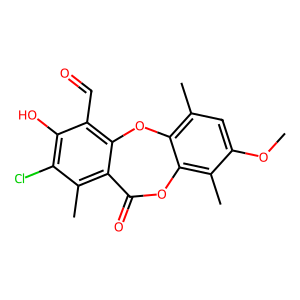
SMILES: COc1cc(C)c2c(c1C)OC(=O)c1c(C)c(Cl)c(O)c(C=O)c1O2
Inhibits HIV replication: No